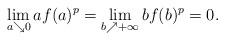
LaTeX: \begin{align*}\lim_{a \searrow 0} a f(a)^p = \lim_{b \nearrow +\infty} b f(b)^p =0.\end{align*}